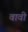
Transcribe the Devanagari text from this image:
वावी